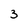
Character: 3